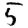
Digit: 5